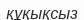
құқықсыз